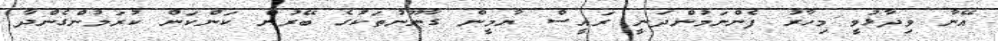
އޭނާ ވިދާޅުވީ މިހާރު ފެންނަމުންދަނީ ރައީސް ޔާމީން ގާނޫނުތަކުގެ ބޭރުން ކަންކަން ކުރަމުންގެންދާ